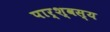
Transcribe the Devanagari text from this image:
पार्श्वस्य